Newspaper: The daily herald. [volume]
Place of publication: Brownsville, Tex.
Publisher: Jesse O. Wheeler
Date: 1895-05-29 00:00:00
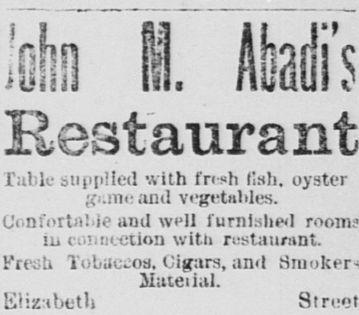
Advertisement text (OCR):
Best aura ruble supplied vith fn h Isb oyster gime and vegetables Uonfortnbie and well furnished rooms in connection with robtauntnt fresh Tobiiccoa Cigars an < l 2Iatetiil Elizabeth Street
Label: text-only